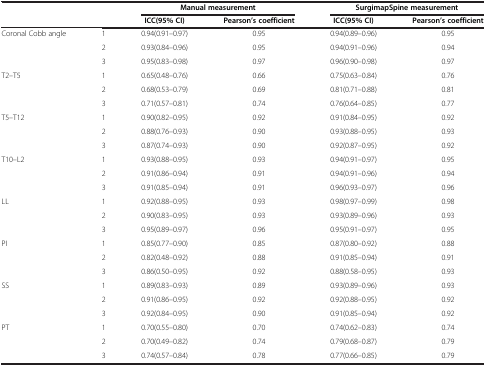
<table><thead><tr><td><b> </b></td><td><b> </b></td><td colspan="2"><b>Manual measurement</b></td><td colspan="2"><b>SurgimapSpine measurement</b></td></tr><tr><td><b> </b></td><td><b> </b></td><td><b>ICC(95% CI)</b></td><td><b>Pearson’s coefficient</b></td><td><b>ICC(95% CI)</b></td><td><b>Pearson’s coefficient</b></td></tr></thead><tbody><tr><td rowspan="3">Coronal Cobb angle</td><td>1</td><td>0.94(0.91–0.97)</td><td>0.95</td><td>0.94(0.89–0.96)</td><td>0.95</td></tr><tr><td>2</td><td>0.93(0.84–0.96)</td><td>0.95</td><td>0.94(0.91–0.96)</td><td>0.94</td></tr><tr><td>3</td><td>0.95(0.83–0.98)</td><td>0.97</td><td>0.96(0.90–0.98)</td><td>0.97</td></tr><tr><td rowspan="3">T2–T5</td><td>1</td><td>0.65(0.48–0.76)</td><td>0.66</td><td>0.75(0.63–0.84)</td><td>0.76</td></tr><tr><td>2</td><td>0.68(0.53–0.79)</td><td>0.69</td><td>0.81(0.71–0.88)</td><td>0.81</td></tr><tr><td>3</td><td>0.71(0.57–0.81)</td><td>0.74</td><td>0.76(0.64–0.85)</td><td>0.77</td></tr><tr><td rowspan="3">T5–T12</td><td>1</td><td>0.90(0.82–0.95)</td><td>0.92</td><td>0.91(0.84–0.95)</td><td>0.92</td></tr><tr><td>2</td><td>0.88(0.76–0.93)</td><td>0.90</td><td>0.93(0.88–0.95)</td><td>0.93</td></tr><tr><td>3</td><td>0.87(0.74–0.93)</td><td>0.90</td><td>0.92(0.87–0.95)</td><td>0.92</td></tr><tr><td rowspan="3">T10–L2</td><td>1</td><td>0.93(0.88–0.95)</td><td>0.93</td><td>0.94(0.91–0.97)</td><td>0.95</td></tr><tr><td>2</td><td>0.91(0.86–0.94)</td><td>0.91</td><td>0.94(0.91–0.96)</td><td>0.94</td></tr><tr><td>3</td><td>0.91(0.85–0.94)</td><td>0.91</td><td>0.96(0.93–0.97)</td><td>0.96</td></tr><tr><td rowspan="3">LL</td><td>1</td><td>0.92(0.88–0.95)</td><td>0.93</td><td>0.98(0.97–0.99)</td><td>0.98</td></tr><tr><td>2</td><td>0.90(0.83–0.95)</td><td>0.93</td><td>0.93(0.89–0.96)</td><td>0.93</td></tr><tr><td>3</td><td>0.95(0.89–0.97)</td><td>0.96</td><td>0.95(0.91–0.97)</td><td>0.95</td></tr><tr><td rowspan="3">PI</td><td>1</td><td>0.85(0.77–0.90)</td><td>0.85</td><td>0.87(0.80–0.92)</td><td>0.88</td></tr><tr><td>2</td><td>0.82(0.48–0.92)</td><td>0.88</td><td>0.91(0.85–0.94)</td><td>0.91</td></tr><tr><td>3</td><td>0.86(0.50–0.95)</td><td>0.92</td><td>0.88(0.58–0.95)</td><td>0.93</td></tr><tr><td rowspan="3">SS</td><td>1</td><td>0.89(0.83–0.93)</td><td>0.89</td><td>0.93(0.89–0.96)</td><td>0.93</td></tr><tr><td>2</td><td>0.91(0.86–0.95)</td><td>0.92</td><td>0.92(0.88–0.95)</td><td>0.92</td></tr><tr><td>3</td><td>0.92(0.84–0.95)</td><td>0.90</td><td>0.91(0.85–0.94)</td><td>0.92</td></tr><tr><td rowspan="2">PT</td><td>1</td><td>0.70(0.55–0.80)</td><td>0.70</td><td>0.74(0.62–0.83)</td><td>0.74</td></tr><tr><td>2</td><td>0.70(0.49–0.82)</td><td>0.74</td><td>0.79(0.68–0.87)</td><td>0.79</td></tr><tr><td> </td><td>3</td><td>0.74(0.57–0.84)</td><td>0.78</td><td>0.77(0.66–0.85)</td><td>0.79</td></tr></tbody></table>